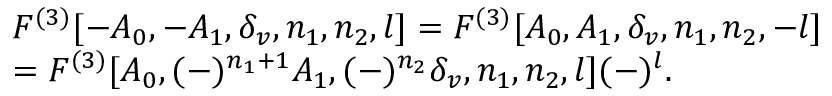
\begin{array} { r l } & { F ^ { ( 3 ) } [ - A _ { 0 } , - A _ { 1 } , \delta _ { v } , n _ { 1 } , n _ { 2 } , l ] = F ^ { ( 3 ) } [ A _ { 0 } , A _ { 1 } , \delta _ { v } , n _ { 1 } , n _ { 2 } , - l ] } \\ & { = F ^ { ( 3 ) } [ A _ { 0 } , ( - ) ^ { n _ { 1 } + 1 } A _ { 1 } , ( - ) ^ { n _ { 2 } } \delta _ { v } , n _ { 1 } , n _ { 2 } , l ] ( - ) ^ { l } . } \end{array}